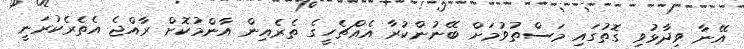
އޭނާ ވިދާޅުވި ގޮތުގައި މަސްތުވުމަށް ބޭނުންކުރާ އެއްޗެހީގެ ތެރެއިން އާންމުކޮށް ރާއްޖެ އެތެރެކުރަނީ